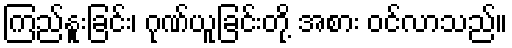
ကြည်နူးခြင်း၊ ဂုဏ်ယူခြင်းတို့ အစား ဝင်လာသည်။